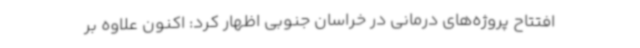
افتتاح پروژه‌های درمانی در خراسان جنوبی اظهار کرد: اکنون علاوه بر